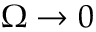
\Omega \to 0